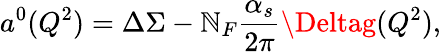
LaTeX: a^{0}(Q^{2})=\Delta\Sigma-\mathbb{N}_{F}\frac{{\alpha_{s}}}{{2\pi}}\Deltag(Q^{2}),